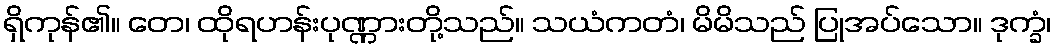
ရှိကုန်၏။ တေ၊ ထိုရဟန်းပုဏ္ဏားတို့သည်။ သယံကတံ၊ မိမိသည် ပြုအပ်သော။ ဒုက္ခံ၊